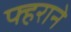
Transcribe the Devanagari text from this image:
फ्हराने